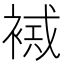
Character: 𧛠